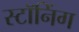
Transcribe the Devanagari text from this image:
स्टॉनिंग